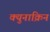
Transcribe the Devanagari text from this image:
क्युनाक्रिन